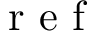
\mathrm { ~ r ~ e ~ f ~ }